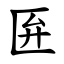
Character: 匥